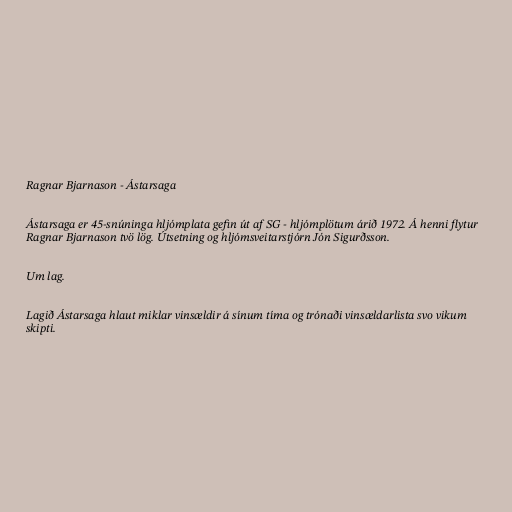
Ragnar Bjarnason - Ástarsaga

Ástarsaga er 45-snúninga hljómplata gefin út af SG - hljómplötum árið 1972. Á henni flytur
Ragnar Bjarnason tvö lög. Útsetning og hljómsveitarstjórn Jón Sigurðsson.

Um lag.

Lagið Ástarsaga hlaut miklar vinsældir á sínum tíma og trónaði vinsældarlista svo vikum
skipti.